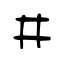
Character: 井